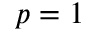
p = 1